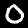
Label: 0